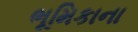
ભૂમિકાના